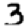
Digit: 3